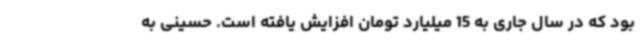
بود که در سال جاری به 15 میلیارد تومان افزایش یافته است. حسینی به